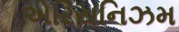
એરિયનિઝમ